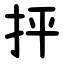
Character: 抨